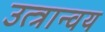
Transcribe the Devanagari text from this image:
उत्त्रान्वय